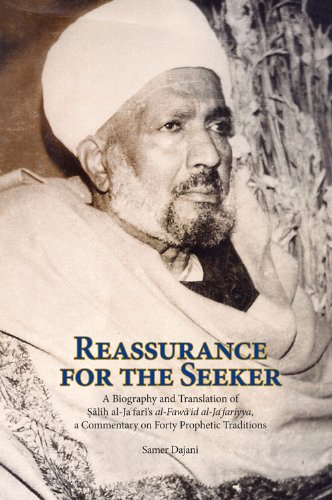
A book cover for Reassurance for the Seeker: A Biography and Translation of Salih al-Jafari's al-Fawaid al-Ja fariyya, a Commentary on Forty Prophetic Traditions (Three Spiritual Luminaries of Twentieth-Century Cairo); Samer Dajani; Religion & Spirituality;